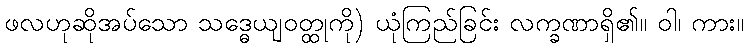
ဖလဟုဆိုအပ်သော သဒ္ဓေယျဝတ္ထုကို) ယုံကြည်ခြင်း လက္ခဏာရှိ၏။ ဝါ၊ ကား။